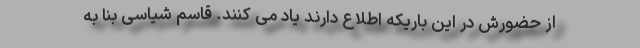
از حضورش در این باریکه اطلاع دارند یاد می کنند. قاسم شیاسی بنا به